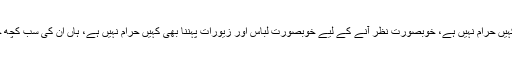
عورتوں کا سنگھار کرنا کہیں حرام نہیں ہے، خوبصورت نظر آنے کے لیے خوبصورت لباس اور زیورات پہننا بھی کہیں حرام نہیں ہے، ہاں ان کی سب کچھ حدود ہیں جو آگے آئیں گی۔